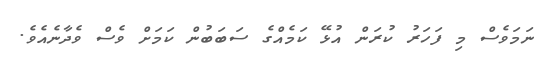
ނަމަވެސް މި ފަހަރު ކުރަން އުޅޭ ކަމެއްގެ ސަބަބުން ކަމަށް ވެސް ވެދާނެއެވެ.